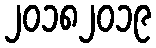
၂၀၁၈၂၀၁၉